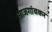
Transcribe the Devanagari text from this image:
आजगांवकर